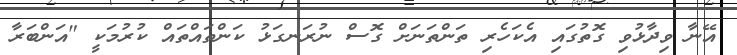
އޭނާ ވިދާޅުވި ގޮތުގައި އެކަހެރި ތަންތަނަށް ގޮސް ނުރަނގަޅު ކަންތައްތައް ކުރުމަކީ "އަންބަރާ